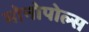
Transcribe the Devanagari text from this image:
मोनोपोल्स